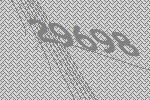
29698